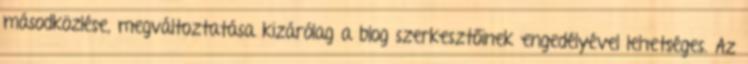
másodközlése, megváltoztatása kizárólag a blog szerkesztőinek engedélyével lehetséges. Az